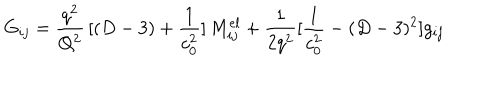
LaTeX: G _ { i j } = { \frac { q ^ { 2 } } { Q ^ { 2 } } } \, [ ( D - 3 ) + { \frac { 1 } { c _ { 0 } ^ { 2 } } } ] \, M _ { i j } ^ { e l } + { \frac { 1 } { 2 q ^ { 2 } } } [ { \frac { 1 } { c _ { 0 } ^ { 2 } } } - ( D - 3 ) ^ { 2 } ] g _ { i j }